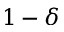
1 - \delta